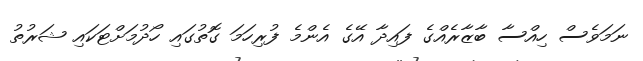
ނަމަވެސް ހިއްސާ ބާޒާރެއްގެ ފައިދާ އޭގެ އެންމެ ފުރިހަމަ ގޮތުގައި ހޯދުމަށްޓަކައި ޝަރުތު